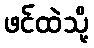
ဖင်ထဲသို့